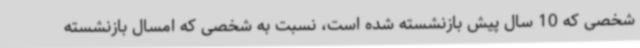
شخصی که 10 سال پیش بازنشسته شده است، نسبت به شخصی که امسال بازنشسته